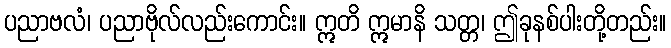
ပညာဗလံ၊ ပညာဗိုလ်လည်းကောင်း။ ဣတိ ဣမာနိ သတ္တ၊ ဤခုနစ်ပါးတို့တည်း။